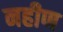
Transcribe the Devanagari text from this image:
नहीण